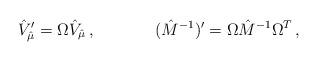
LaTeX: \begin{align*}{\hat V}_{\hat \mu}^\prime = \Omega {\hat V}_{\hat \mu}\, ,\hskip 1.5truecm({\hat M}^{-1})^\prime = \Omega {\hat M}^{-1}\Omega^T\, ,\end{align*}